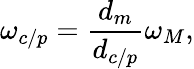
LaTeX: \omega_{c/p}=\frac{d_{m}}{d_{c/p}}\omega_{M},